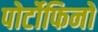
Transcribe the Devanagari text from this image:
पोर्टोफिनो